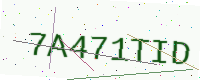
Text: 7A471TID